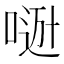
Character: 𠸼